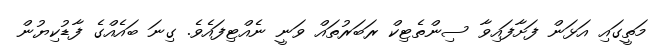
މަތީގައި އަޅަން ފަށާފައިވާ ސިންތެޓިކް ރަބަރުތައް ވަނީ ނެއްޓިފައެވެ. ގިނަ ބައެއްގެ ފާޑުކިޔުން